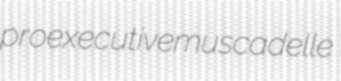
proexecutive muscadelle